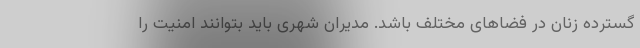
گسترده زنان در فضاهای مختلف باشد. مدیران شهری باید بتوانند امنیت را